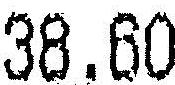
38.60